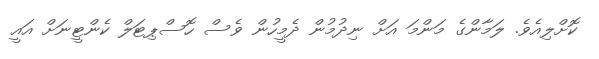
ކޮށްލިއެވެ. ލަމާންގެ މަންމަ އަށް ނިދުމުން ދެމީހުން ވެސް ހޮސްޕިޓަލް ކެންޓީނަށް އައީ